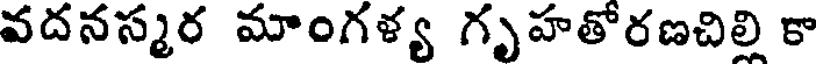
వదనస్మర మాంగళ్య గృహతోరణచిల్లి కా